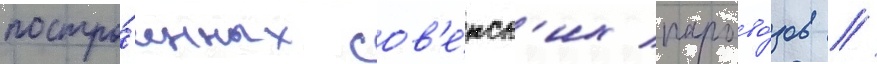
постро́енных сов'е́тск'их парово́зов //